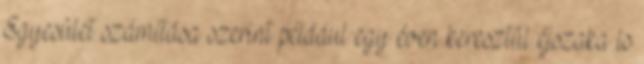
Egyesület számítása szerint például egy éven keresztül éjszaka is